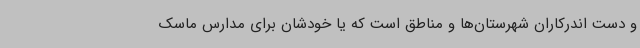
و دست اندرکاران شهرستان‌ها و مناطق است که یا خودشان برای مدارس ماسک